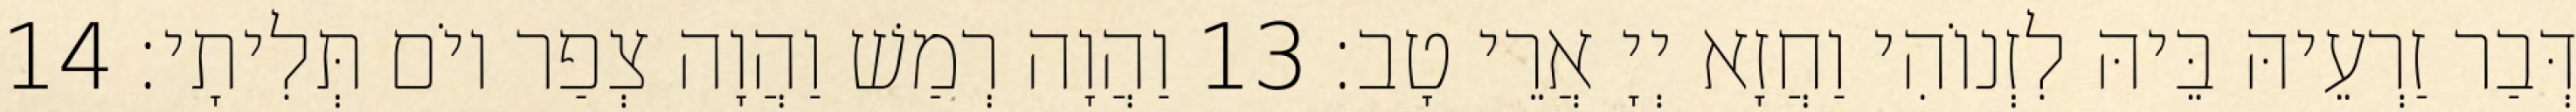
דְּבַר זַרְעֵיהּ בֵּיהּ לִזְנוֹהִי וַחֲזָא יְיָ אֲרֵי טָב׃ 13 וַהֲוָה רְמַשׁ וַהֲוָה צְפַר יוֹם תְּלִיתָי׃ 14